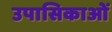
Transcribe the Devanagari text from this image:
उपासिकाओं